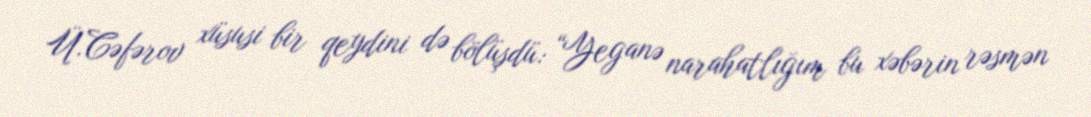
Ü.Cəfərov xüsusi bir qeydini də bölüşdü: “Yeganə narahatlığım bu xəbərin rəsmən